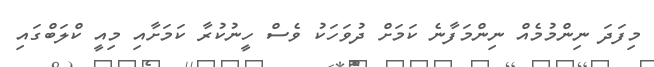
މިފަދަ ނިންމުމެއް ނިންމަފާނެ ކަމަށް ދުވަހަކު ވެސް ހީނުކުރާ ކަމަށާއި މިއީ ކްލަބްގައި